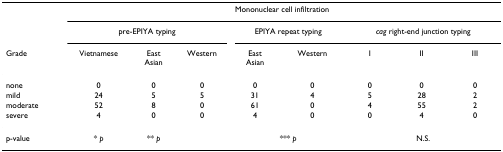
<table><thead><tr><td></td><td colspan="8"><b>Mononuclear cell infiltration</b></td></tr><tr><td></td><td colspan="3"><b>pre-EPIYA typing</b></td><td colspan="2"><b>EPIYA repeat typing</b></td><td colspan="3"><b><i>cag </i>right-end junction typing</b></td></tr><tr><td><b>Grade</b></td><td><b>Vietnamese</b></td><td><b>EastAsian</b></td><td><b>Western</b></td><td><b>EastAsian</b></td><td><b>Western</b></td><td><b>I</b></td><td><b>II</b></td><td><b>III</b></td></tr></thead><tbody><tr><td>none</td><td>0</td><td>0</td><td>0</td><td>0</td><td>0</td><td>0</td><td>0</td><td>0</td></tr><tr><td>mild</td><td>24</td><td>5</td><td>5</td><td>31</td><td>4</td><td>5</td><td>28</td><td>2</td></tr><tr><td>moderate</td><td>52</td><td>8</td><td>0</td><td>61</td><td>0</td><td>4</td><td>55</td><td>2</td></tr><tr><td>severe</td><td>4</td><td>0</td><td>0</td><td>4</td><td>0</td><td>0</td><td>4</td><td>0</td></tr><tr><td>p-value</td><td>* <i>p</i></td><td>** <i>p</i></td><td></td><td colspan="2">*** <i>p</i></td><td colspan="3">N.S.</td></tr></tbody></table>